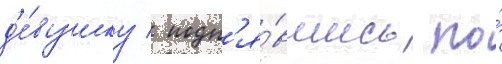
д'е́вушку / подн'я́вшись по́